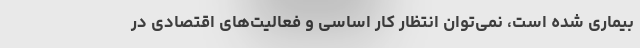
بیماری شده است، نمی‌توان انتظار کار اساسی و فعالیت‌های اقتصادی در